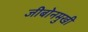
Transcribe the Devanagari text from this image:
जीबोनमुखी